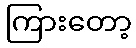
ကြားတော့